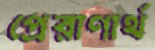
প্রেরাণার্থ